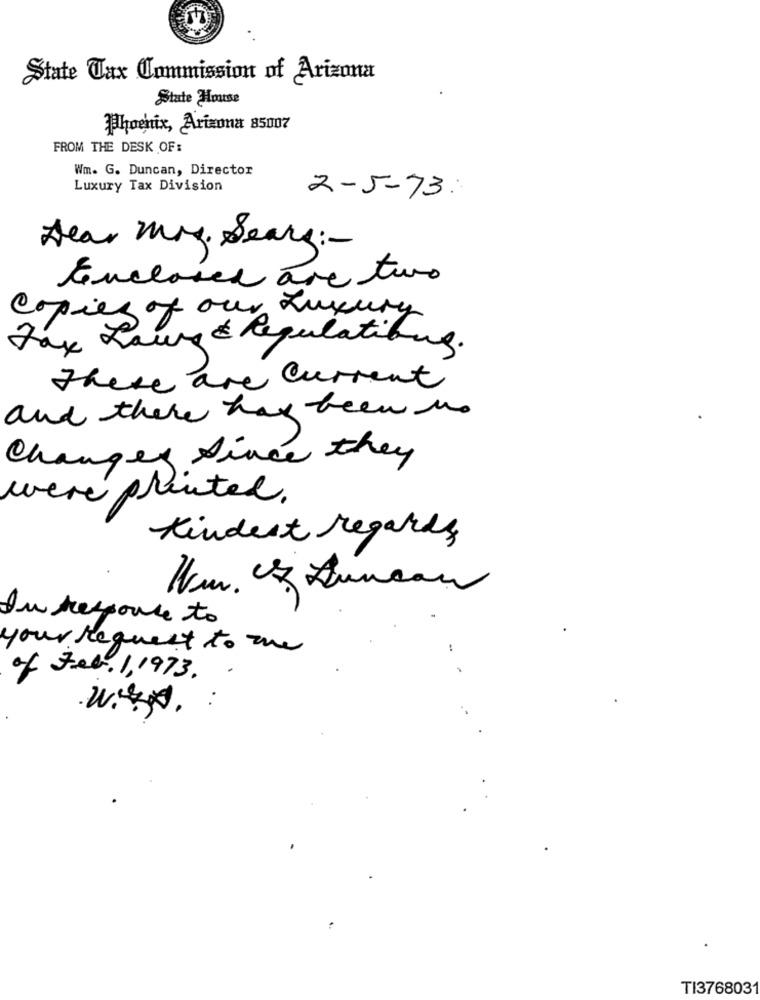
EX
State Tax Commission of Arizona
State House
Phoenix, Arizona 85007
FROM THE DESK OF:
Wm. G. Duncan, Director
Luxury Tax Division
2-5-73:
Dear May. Sears :-
Enclosed are two
Copies of our Luxury
Tax Laws & Regulations.
there are current
and there has been us
Changes Since they
were printed.
Kindest regards
Um. Of Duncan
In response to
your request to me
of Feb. 1, 1973 . .
TI3768031